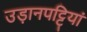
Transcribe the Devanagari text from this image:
उड़ानपट्टियां